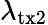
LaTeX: \lambda_{\textrm{tx2}}